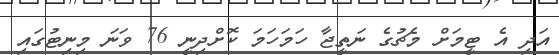
އަދި އެ ޓީމަށް މެޗުގެ ނަތީޖާ ހަމަހަމަ ކޮށްދިނީ 76 ވަނަ މިނިޓުގައި